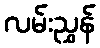
လမ်းညွှန်